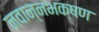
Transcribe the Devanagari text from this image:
नवान्नभक्षण